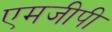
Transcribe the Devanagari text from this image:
एमजीपी